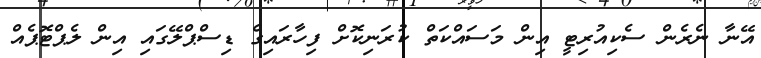
އޭނާ ނެރެން ސެކިއުރިޓީ އިން މަސައްކަތް ކުރަނިކޮށް ފިހާރައިގެ ޑިސްޕްލޭގައި އިން ލެޕްޓޮޕެއް